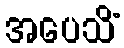
အပေသိံ